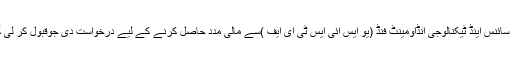
انڈیا سائنس اینڈ ٹیکنالوجی اِنڈاؤمینٹ فنڈ (یو ایس آئی ایس ٹی ای ایف )سے مالی مدد حاصل کرنے کے لیے درخواست دی جوقبول کر لی گئی۔